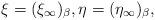
LaTeX: \begin{align*}\left.\begin{array}{ll}\xi=(\xi_{\infty})_{\beta},\eta=(\eta_{\infty})_{\beta},\end{array}\right.\end{align*}